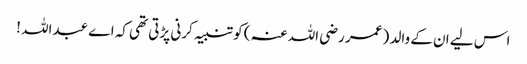
اس لیے ان کے والد ( عمر رضی اللہ عنہ ) کو تنبیہ کرنی پڑتی تھی کہ اے عبداللہ !